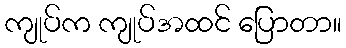
ကျုပ်က ကျုပ်အထင် ပြောတာ။